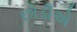
છોડીએ